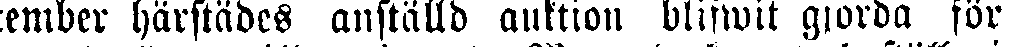
ember härstädes anställd auktion blifwit gjorda för